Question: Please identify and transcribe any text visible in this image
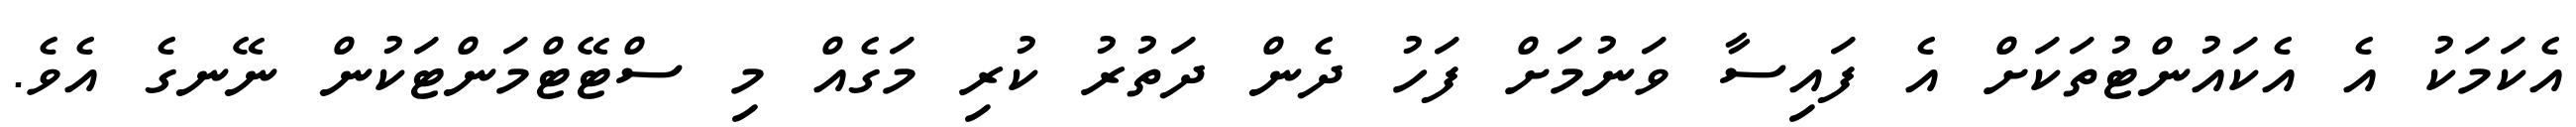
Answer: އެކަމަކު އެ އެކައުންޓުތަކަށް އެ ފައިސާ ވަނުމަށް ފަހު ދެން ދަތުރު ކުރި މަގެއް މި ސްޓޭޓްމަންޓަކުން ނޭނގެ އެވެ.